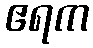
ဧရက